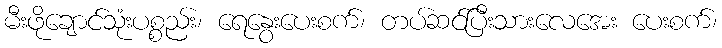
မီးဖိုချောင်သုံးပစ္စည်း၊ ရေနွေးပေးစက်၊ တပ်ဆင်ပြီးသားလေအေး ပေးစက်၊